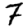
Digit: 7